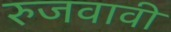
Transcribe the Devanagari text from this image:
रुजवावी